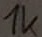
Text: 1k